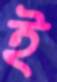
ই